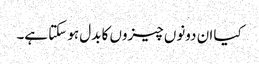
کیا ان دونوں چیزوں کا بدل ہو سکتا ہے۔